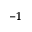
^ { - 1 }